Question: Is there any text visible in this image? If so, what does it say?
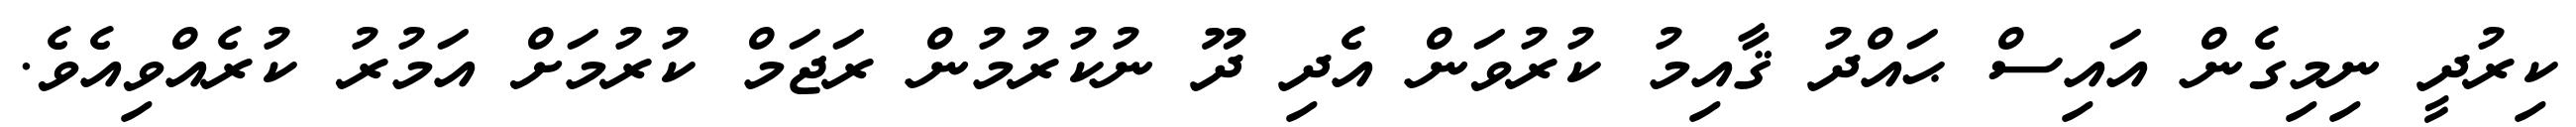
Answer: ކިރުދީ ނިމިގެން އައިސް ޙައްދު ޤާއިމު ކުރުވަން އެދި ދޫ ނުކުރުމުން ރަޖަމް ކުރުމަށް އަމުރު ކުރެއްވިއެވެ.